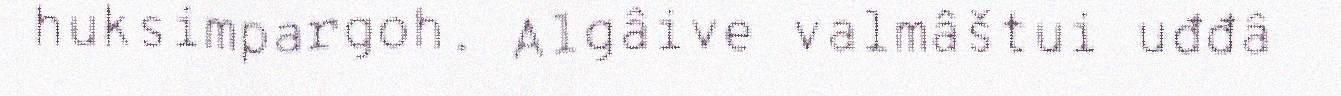
huksimpargoh. Algâive valmâštui uđđâ